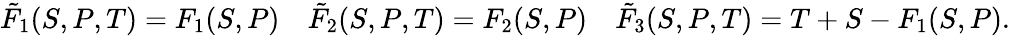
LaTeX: \tilde{F}_{1}(S,P,T)=F_{1}(S,P)\quad\tilde{F}_{2}(S,P,T)=F_{2}(S,P)\quad\tilde{F}_{3}(S,P,T)=T+S-F_{1}(S,P).